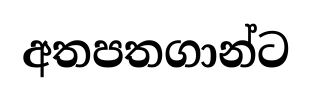
අතපතගාන්ට